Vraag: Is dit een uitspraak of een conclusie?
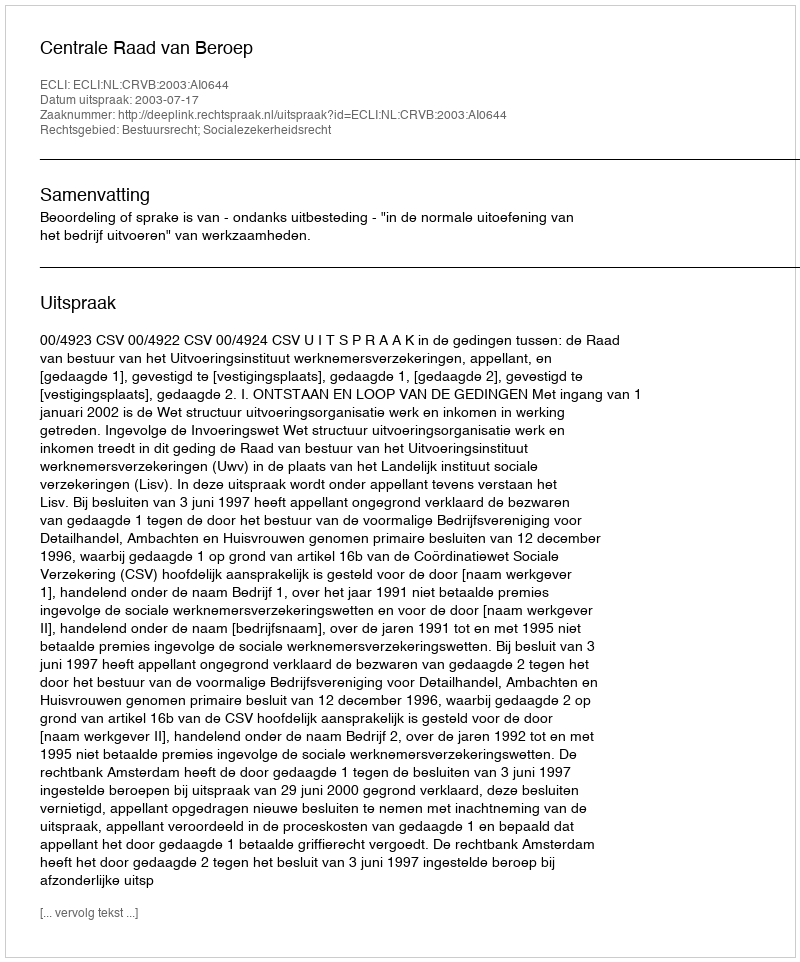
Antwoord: Uitspraak